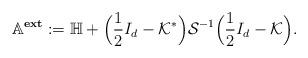
LaTeX: \begin{align*}\mathbb{A}^{\textbf{ext}} := \mathbb{H}+ \Big(\frac{1}{2}I_{d} - \mathcal{K}^{*}\Big)\mathcal{S}^{-1} \Big(\frac{1}{2}I_{d} - \mathcal{K}\Big).\end{align*}